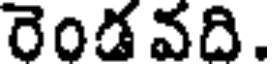
రెండ వది.